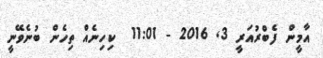
އާމީން ފެބްރުއަރީ 3